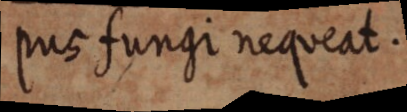
pus fungi nequeat.